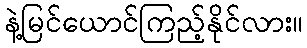
နဲ့မြင်ယောင်ကြည့်နိုင်လား။